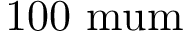
\mathrm { 1 0 0 \ m u m }